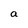
Character: a